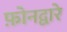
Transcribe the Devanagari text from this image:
फ़ोनद्वारे